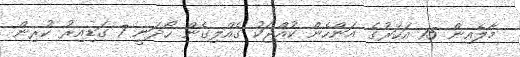
މާލެއިން 15 އަހަރުގެ އަންހެން ކުއްޖަކު ގެއްލިގެން ހޯދަނީ 7 ގަޑިއިރު ކުރިން